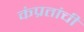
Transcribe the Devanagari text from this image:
कंप्रतांची